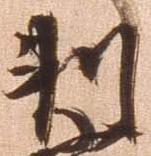
判